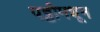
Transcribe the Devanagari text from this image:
पट्टीमधून